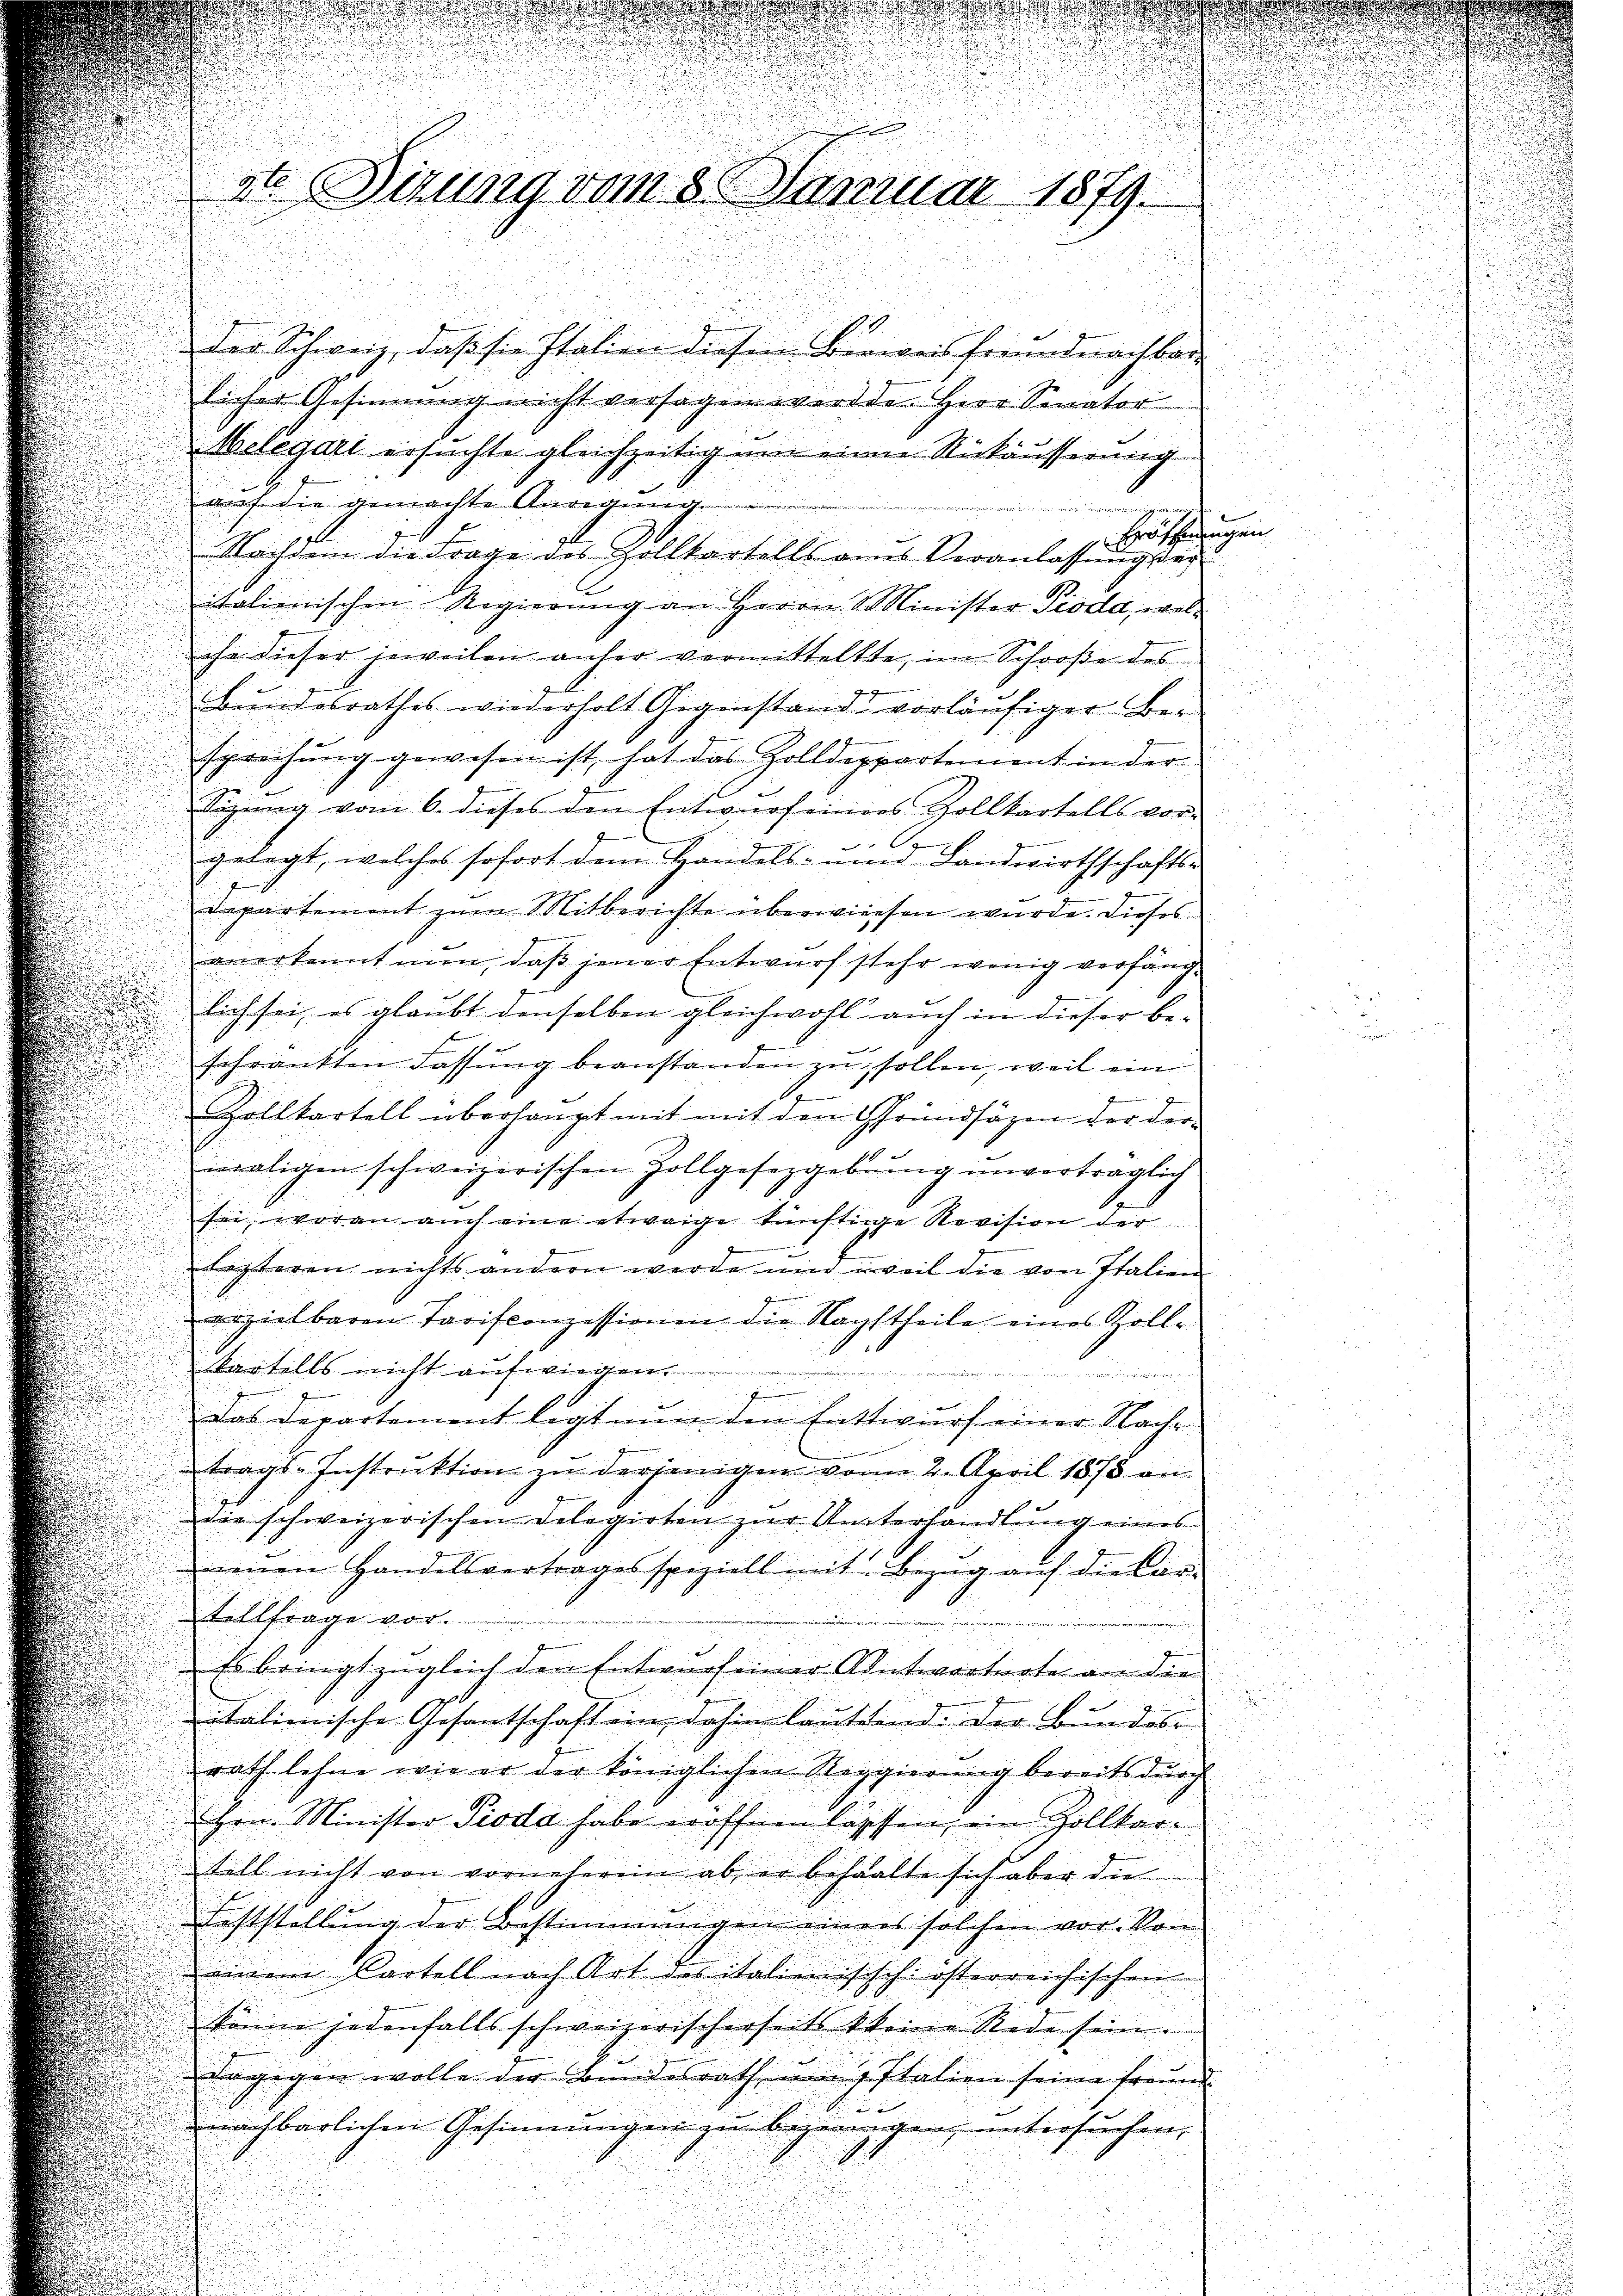
36 Sizung vom 30. Januar 1879.

der Schweiz, daβ sie Italien diesem Beweisfreundnachbar-
licher Gesinnung nicht versagen werde. Herr Senator
Melegari ersuchte gleichzeitig um einer Rückäusserung
auch die gemachte Anregung
hraffungen
1x
Nachdem die Frage des Zollkartalls anes Veranlassung der
italienischen Regierung an Herrn Minister Pioda, welche dieser jeweilen anher vermitteltte, im Schooße des
Bundesrathes wiederholt Gegenstand vorläufiger Ber
sprechŭng gewesen ist, hat das Zolldeppartement in der
tigung vom 6. dieses den Entwurf einers Zollkartells vorgelegt, welches sofort dem Handels- und Landwirthschafts-
Departement zum Mitberichte überwiesen wurde. Dieses
anerkannt nun, daβ jener Entwurf sehr wenig verfäng-
lich sei, es glaubt denselben gleichwohl auch in dieser be-
schränkten Fassŭng beanstanden zu sollen, weil ein
9
Zollkartell überhaupt mit mit den Grundsätzen vor der
1
maligen schweizerischen Zollgesetzgebung unvertraglich
sei, woran auch eine etwaige künftige Revision der
Lezteren nichts andern werde und weil die von Italien
erzielbaren Tarifconzessionen die Nachtheile eines Zoll-
kartells nicht aufwiegen.
u die der
Das Departement legt nun den Entwurf einer Nach-
trags-Instruktion zu derjenigen vom 2. April 1873 an
ie schweizerischen Delegirten zur Unterhandlung eines
enen Handelsvertrages speziell mit Bezŭg aŭf die Car-
Tellfrage vor.
Es bringt zugleich den Entwurf einer Antwortnate an die
italienische Gesantschaft ein, dahin lautend. Der Bundes
rath lehne wie er der königlichen Reggierŭng bereits durch
Hon. Minister Pioda habe eröffnen lassen, ein Zollkartill nicht von vorneherein ab, er behalte sich aber die
Feststellung der Bestimmungen einers solchen vor. Von
einem Cartell nach Art des italienischch österreichischen
könne jedenfalls schweizerischerseits kkeine Rede sein.
dagegen wolle der Bŭndesrath ŭm Italien seine Freund
nachbarlichen Gesinnungen zu begenügen, untersuchen,

i